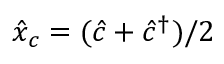
\hat { x } _ { c } = ( \hat { c } + \hat { c } ^ { \dagger } ) / 2